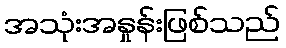
အသုံးအနှုန်းဖြစ်သည်